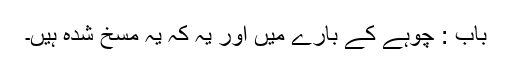
باب : چوہے کے بارے میں اور یہ کہ یہ مسخ شدہ ہیں۔